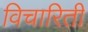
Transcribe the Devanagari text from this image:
विचारिती